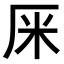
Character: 𠩕